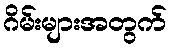
ဂိမ်းများအတွက်